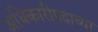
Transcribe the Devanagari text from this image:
अधिकारीपदाच्या